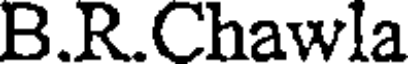
B.R.Chawla